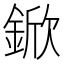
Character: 鍁